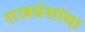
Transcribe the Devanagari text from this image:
राजवंशांचा